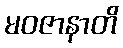
မဝဇာနာတိ